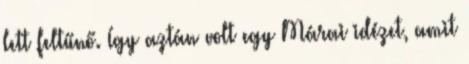
lett feltűnő. Így aztán volt egy Márai idézet, amit